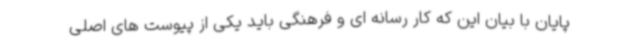
پایان با بیان این که کار رسانه ای و فرهنگی باید یکی از پیوست های اصلی